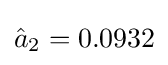
{\hat {a}}_{2}=0.0932